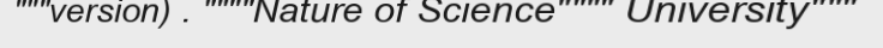
"""version) . """"Nature of Science"""" University"""